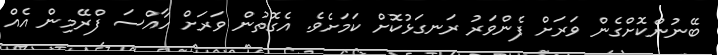
ބޭނުންކޮށްގެން ވަރަށް ފެންވަރު ރަނގަޅުކޮށް ކަމަށެވެ. އެގޮތުން ވަރަށް ހާއްސަ ފްރޭމިން އެއް